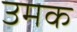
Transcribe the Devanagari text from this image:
उमक